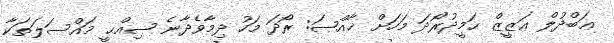
ޢަބްދުލް ޢަޒީޒް ޙަމީދުރޯދަ މަހަށް ޚާއްޞަ: ރޯދަ މަހު ދިމާވެދާނެ ޞިއްޙީ މައްސަލަތަކާ